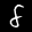
Label: 8